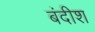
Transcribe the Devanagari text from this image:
बंदीश